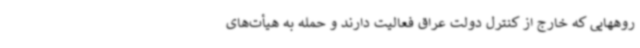
روههایی که خارج از کنترل دولت عراق فعالیت دارند و حمله به هیأت‌های